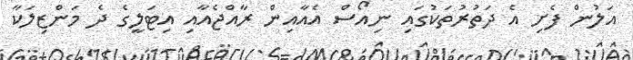
އަލުން ފެށި އެ ދަތުރުތަކުގައި ނިއޯސް އެއާއިން ރާއްޖެއާއި އިޓަލީގެ ދެ މަންޒިލަކާ